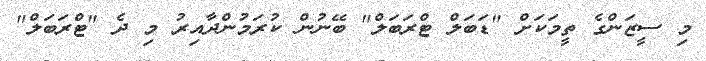
މި ސީޒަންގެ ތީމަކަށް "ޑަބަލް ޓްރަބަލް" ބޭނުން ކުރަމުންދާއިރު މި ދެ "ޓްރަބަލް"